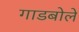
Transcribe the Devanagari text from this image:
गाडबोले